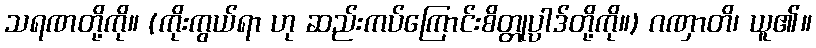
သရဏတို့ကို။ (ကိုးကွယ်ရာ ဟု ဆည်းကပ်ကြောင်းစိတ္တုပ္ပါဒ်တို့ကို။) ဂဏှာတိ၊ ယူ၏။